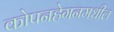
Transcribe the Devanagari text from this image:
कोपनहेगनमधील